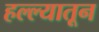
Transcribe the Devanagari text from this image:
हल्ल्यातून